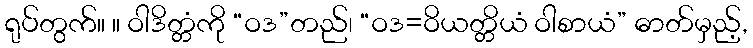
ရုပ်တွက်။ ။ ဝါဒိတ္တံကို “ဝဒ”တည်၊ “ဝဒ=ဝိယတ္တိယံ ဝါစာယံ” ဓာတ်မှည့်,